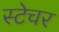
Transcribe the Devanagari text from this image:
स्टेचर